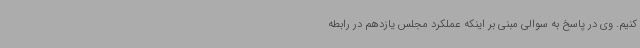
کنیم. وی در پاسخ به سوالی مبنی بر اینکه عملکرد مجلس یازدهم در رابطه